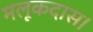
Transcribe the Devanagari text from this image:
मलूकदास।